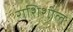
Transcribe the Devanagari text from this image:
राशिशील